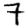
Digit: 7